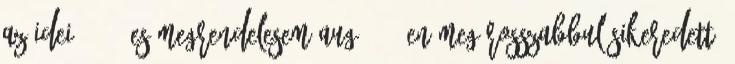
Az idei 44421-es megrendelesem aug. 21.-en meg rosszabbul sikeredett.